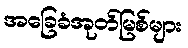
အခြေခံအုတ်မြစ်များ